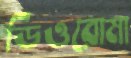
ডিওরোমা